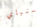
سنباي